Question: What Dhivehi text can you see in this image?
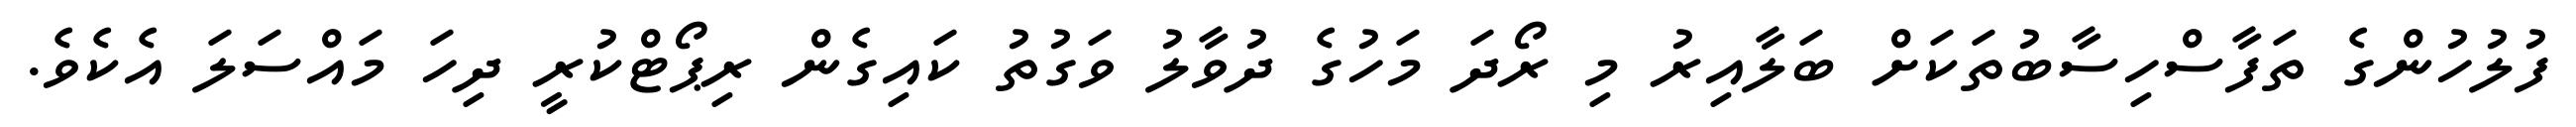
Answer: ފުލުހުންގެ ތަފާސްހިސާބުތަކަށް ބަލާއިރު މި ރޯދަ މަހުގެ ދުވާލު ވަގުތު ކައިގެން ރިޕޯޓްކުރީ ދިހަ މައްސަލަ އެކެވެ.